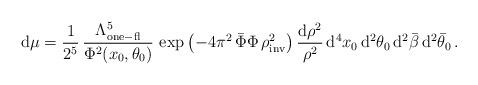
LaTeX: \begin{align*}{\rm d}\mu = \frac{1}{2^{5}} \,\frac{\Lambda^5_{\rm one-fl}}{\Phi^2(x_0,\theta_0) }\,\exp\left(-4\pi^2\,\bar\Phi \Phi \,\rho^2_{\rm inv}\right) \frac{ {\rm d}\rho^2}{\rho^2}\, {\rm d}^4 x_0\, {\rm d}^2\theta_0 \, {\rm d}^2\bar\beta\, {\rm d}^2\bar\theta_0 \, .\end{align*}